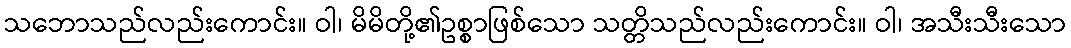
သဘောသည်လည်းကောင်း။ ဝါ၊ မိမိတို့၏ဥစ္စာဖြစ်သော သတ္တိသည်လည်းကောင်း။ ဝါ၊ အသီးသီးသော